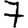
Digit: 7